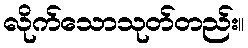
လိုက်သောသုတ်တည်း။